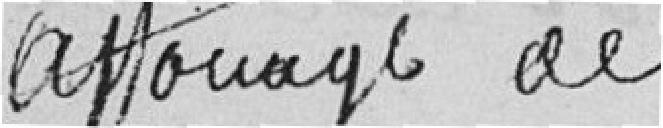
affouage de